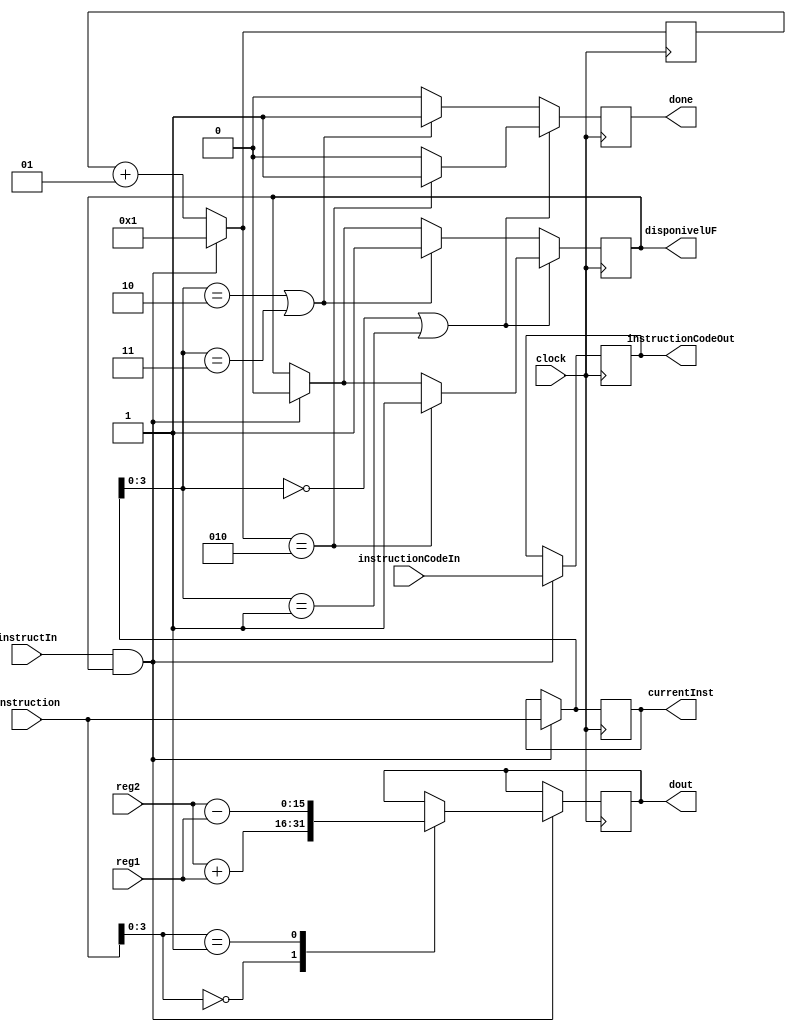
module UnidadeFuncional(clock, instruction, instructIn, instructionCodeIn, 
			instructionCodeOut, done, currentInst, dout, disponivelUF, reg1, reg2);

input [2:0]instructionCodeIn;
output reg[2:0]instructionCodeOut;
input [15:0]instruction;
input instructIn, clock;
input [15:0] reg1, reg2;
output reg done;
output reg [15:0]dout, currentInst;
integer i;
output reg disponivelUF;

initial begin
	currentInst = 16'b0000000000001111;
	done = 0;
	disponivelUF = 1;
end

always @(posedge clock)
begin
  done=0;	
	
	if(instructIn == 1 && disponivelUF == 1)
	begin	
		disponivelUF = 0;
		currentInst = instruction;
		i = 1;
		instructionCodeOut = instructionCodeIn;
		case(instruction[3:0])
		4'b0000: dout <= reg2 + reg1;
		4'b0001: dout <= reg2 - reg1;
		//complete
		endcase
	end
	else
		i = i + 1;
	
	if(currentInst[3:0] == 4'b0000 || currentInst[3:0] == 4'b0001) //add e sub
	begin
		if(i == 2)
			begin
			done = 1'b1;
			disponivelUF = 1;
			end
	end
	else //sd e ld
	begin
	if(currentInst[3:0] == 4'b0010 || currentInst[3:0] == 4'b0011)
	begin
		done = 1'b1;
		disponivelUF = 1;
	end
	end
end

endmodule